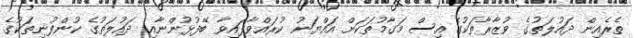
ތެރެއިން ދައުލަތުގެ ވުޒާރާތަކުގެ އިސް މަގާމުތަކަށް އައްޔަނު ކުރައްވާފައިވާ ބޭފުޅުންނާއި ދައުލަތުގެ ކުންފުނިތަކުގެ